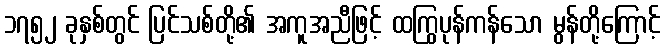
၁၇၅၂ ခုနှစ်တွင် ပြင်သစ်တို့၏ အကူအညီဖြင့် ထကြွပုန်ကန်သော မွန်တို့ကြောင့်